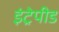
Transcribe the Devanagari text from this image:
इंट्रेपीड